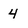
Character: 4